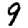
Digit: 9